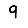
Digit: 9